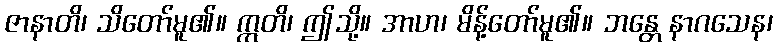
ဇာနာတိ၊ သိတော်မူ၏။ ဣတိ၊ ဤသို့။ အာဟ၊ မိန့်တော်မူ၏။ ဘန္တေ နာဂသေန၊